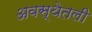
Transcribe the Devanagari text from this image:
अवस्थेतली